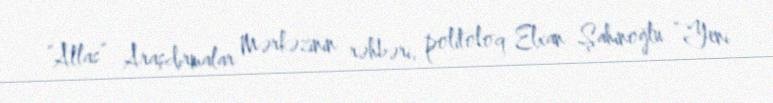
“Atlas” Araşdırmalar Mərkəzinin rəhbəri, politoloq Elxan Şahinoğlu “Yeni